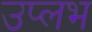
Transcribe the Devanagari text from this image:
उप्लभ